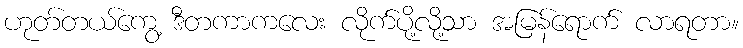
ဟုတ်တယ်ကွေ့ ဒီတကာကလေး လိုက်ပို့လို့သာ အမြန်ရောက် လာရတာ။